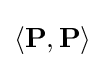
\left\langle \mathbf {P} ,\mathbf {P} \right\rangle